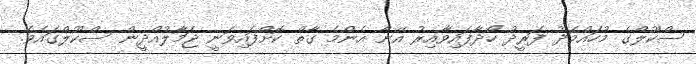
ސްކޫލްގެ މުހައްމަދު ފަރީދު ހޯދާފައިވާއިރު އޭނާ އެންމެ ގާތް ކޮށްފައިވަނީ ޖަމާލުއްދީން ސްކޫލްގައެވެ.